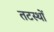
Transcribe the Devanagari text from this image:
तटस्थों